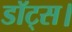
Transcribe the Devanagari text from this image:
डॉट्स।